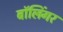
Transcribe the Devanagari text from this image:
बॉलिंगर